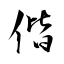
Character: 偕